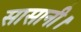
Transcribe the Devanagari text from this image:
सासानी।